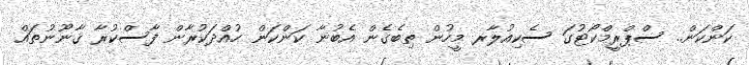
ކަންކަން.. ސްޕްރީމްކޯޓުގަ ސެކިއުލާރ މީހުން ތިބެގެން އެބުނާ ކަންކަން ހުއްދަކުރާން ފާސްކުރާ ޤާނޫނުތައް